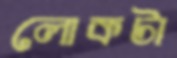
লোকটা